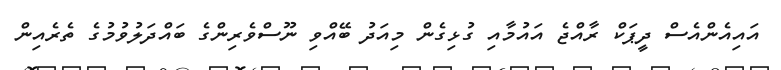
އައިއެންއެސް ދީޕަކް ރާއްޖެ އައުމާއި ގުޅިގެން މިއަދު ބޭއްވި ނޫސްވެރިންގެ ބައްދަލުވުމުގެ ތެރެއިން